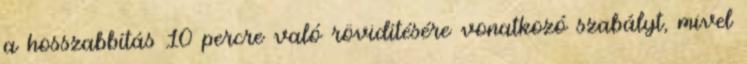
a hosszabbítás 10 percre való rövidítésére vonatkozó szabályt, mivel